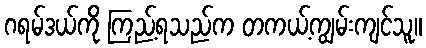
ဂရမ်ဒယ်ကို ကြည့်ရသည်က တကယ့်ကျွမ်းကျင်သူ။